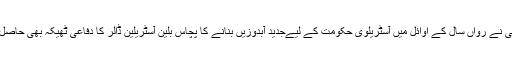
اس کمپنی نے رواں سال کے اوائل میں آسٹریلوی حکومت کے لیےجدید آبدوزیں بنانے کا پچاس بلین آسٹریلین ڈالر کا دفاعی ٹھیکہ بھی حاصل کیا تھا۔